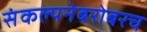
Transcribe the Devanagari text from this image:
संकल्पनेबरोबरच